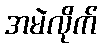
အမဲလိုက်